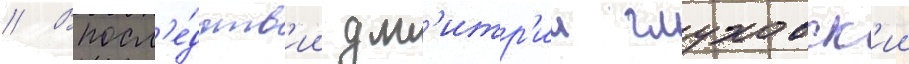
// Впосл'е́дств'ии дм'итр'ии глуховск'ии